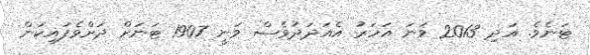
ޓަނެވެ. އަދި 2013 ވަނަ އަހަރު އެއަދަދުވެސް ވަނީ 1907 ޓަނަށް ދަށްވެފައިކަން